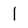
Character: 1